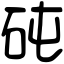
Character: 砘